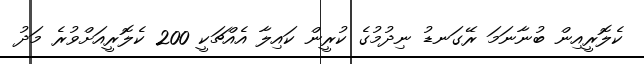
ކެލޮރީއިން ބުނާނަމަ ރޭގަނޑު ނިދުމުގެ ކުރީން ކައިލާ އެއްޗަކީ 200 ކެލޮރީއަށްވުރެ މަދު